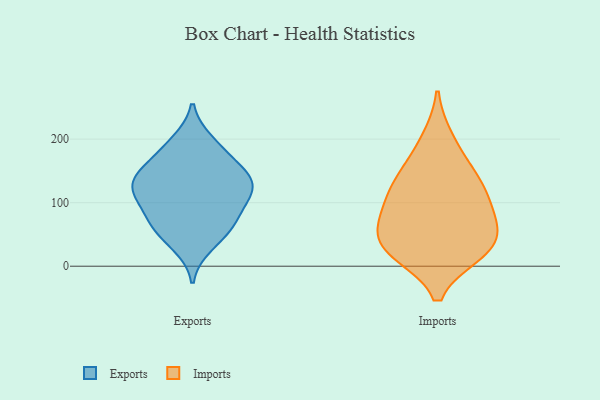
{"axis": {"x": "Operating Costs (USD K)", "y": "Value"}, "legend": ["Exports", "Imports"], "data": [{"x": "", "y": 117, "type": "Exports"}, {"x": "", "y": 186, "type": "Exports"}, {"x": "", "y": 196, "type": "Exports"}, {"x": "", "y": 33, "type": "Exports"}, {"x": "", "y": 162, "type": "Exports"}, {"x": "", "y": 131, "type": "Exports"}, {"x": "", "y": 108, "type": "Exports"}, {"x": "", "y": 63, "type": "Exports"}, {"x": "", "y": 54, "type": "Exports"}, {"x": "", "y": 82, "type": "Exports"}, {"x": "", "y": 73, "type": "Exports"}, {"x": "", "y": 147, "type": "Exports"}, {"x": "", "y": 128, "type": "Exports"}, {"x": "", "y": 116, "type": "Exports"}, {"x": "", "y": 144, "type": "Exports"}, {"x": "", "y": 21, "type": "Imports"}, {"x": "", "y": 55, "type": "Imports"}, {"x": "", "y": 84, "type": "Imports"}, {"x": "", "y": 123, "type": "Imports"}, {"x": "", "y": 40, "type": "Imports"}, {"x": "", "y": 134, "type": "Imports"}, {"x": "", "y": 25, "type": "Imports"}, {"x": "", "y": 200, "type": "Imports"}, {"x": "", "y": 105, "type": "Imports"}, {"x": "", "y": 73, "type": "Imports"}, {"x": "", "y": 156, "type": "Imports"}, {"x": "", "y": 23, "type": "Imports"}]}